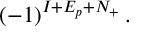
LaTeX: ( - 1 ) ^ { I + E _ { p } + N _ { + } } \, .